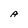
Character: A